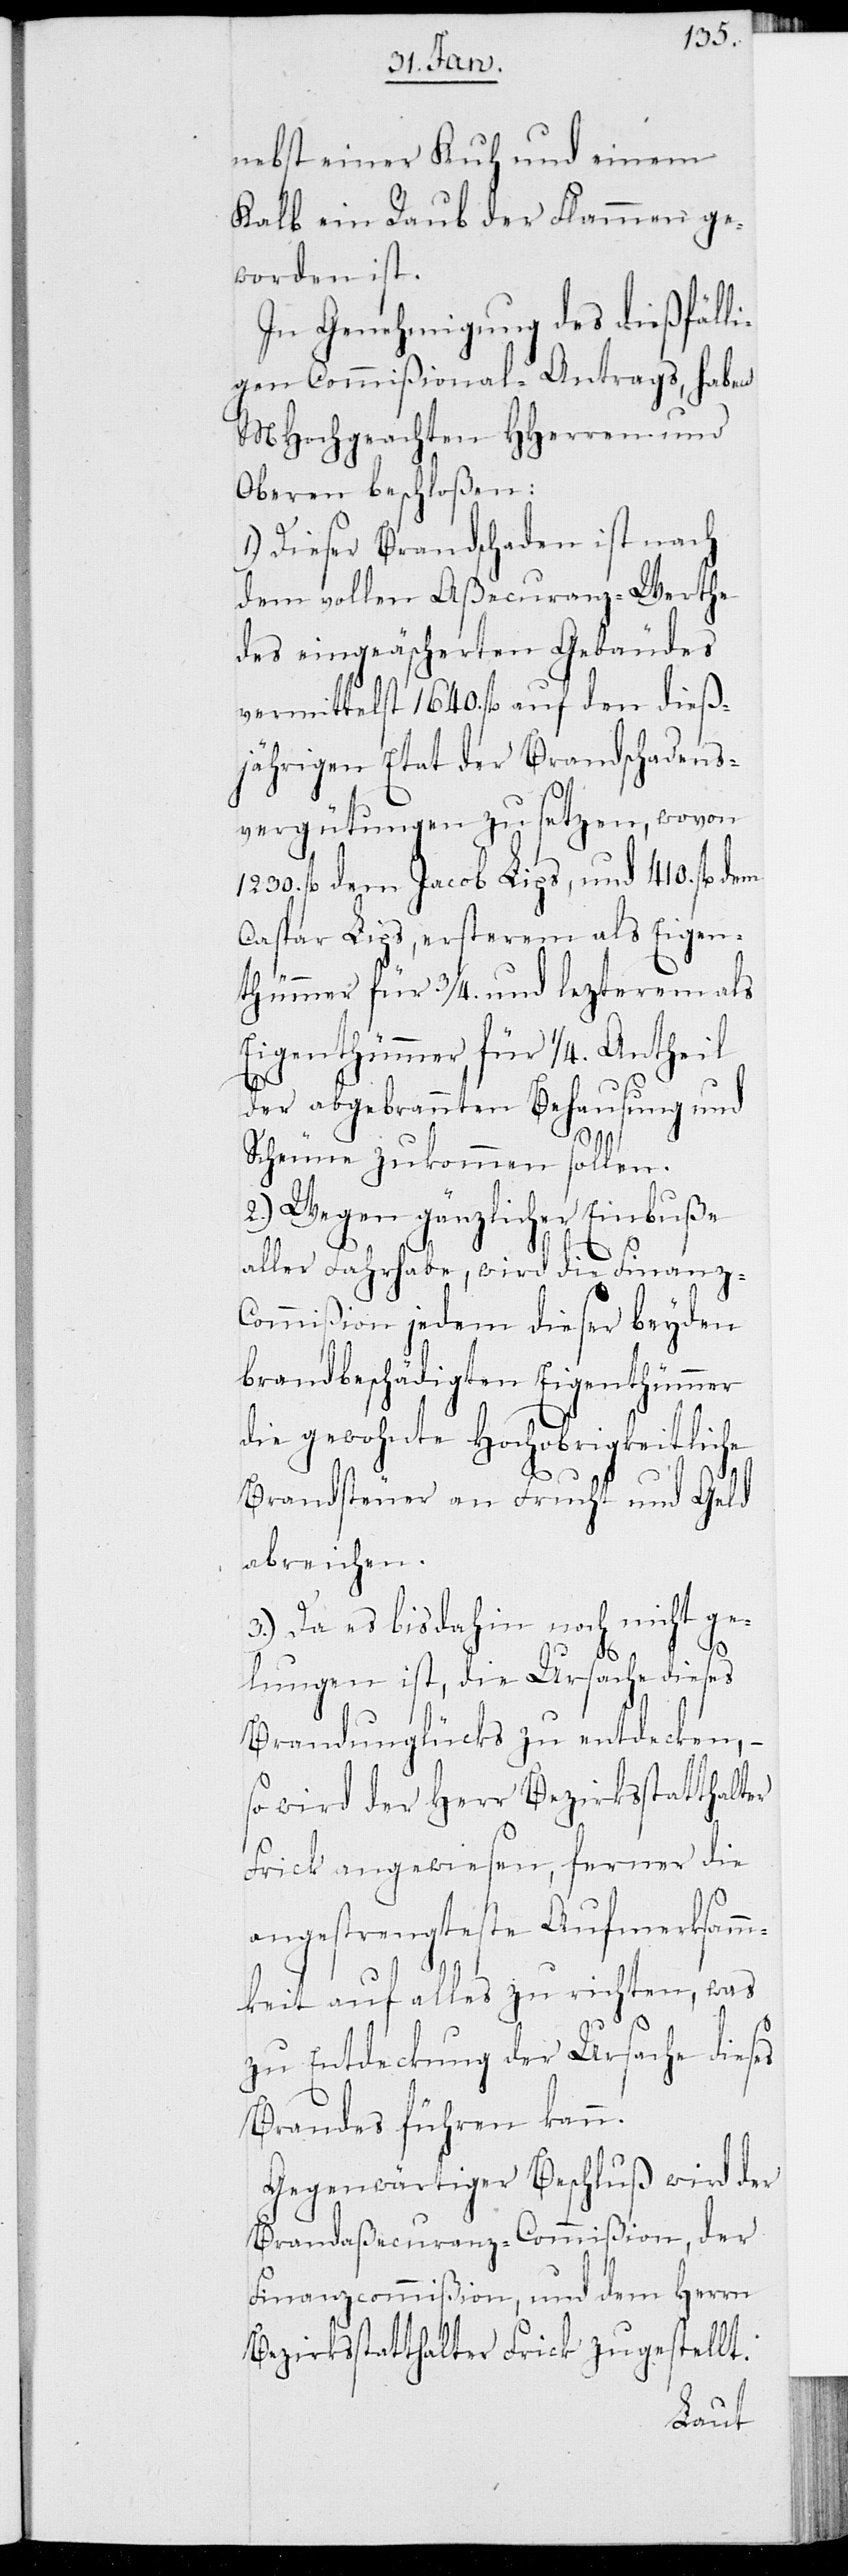
nebst einer Kuh und einem
Kalb ein Raub der Flammen ge¬
worden ist.
In Genehmigung des dießfäll¬
igen Commißional-Antrags, haben
MHochgeachten HHerren und
Oberen beschloßen:
1.) Dieser Brandschaden ist nach
dem vollen Aßecuranz-Werthe
des eingeäscherten Gebäudes
vermittelst 1640. fl. auf den dieß¬
jährigen Etat der Brandschadens¬
vergütungen zu setzen, wovon
fl. dem Jacob Lips, und 410. fl.
Caspar Lips, ersterem als Eigen¬
thümmer für 3/4. und lezterem als
Eigenthümmer für 1/4. Antheil
der abgebrannten Behausung und
Scheune zukommen sollen.
2.) Wegen gänzlicher Einbuße
aller Fahrhabe, wird die Finanz-C¬
ommißion jedem dieser beyden
brandbeschädigten Eigenthümmer
die gewohnte Hochobrigkeitliche
Brandsteuer an Frucht und Geld
abreichen.
3.) Da es bis dahin noch nicht ge¬
lungen ist, die Ursache dieses
Brandunglücks zu entdecken, –
so wird der Herr Bezirksstatthalter
Frick angewiesen, ferner die
angestrengteste Aufmerksamm¬
keit auf alles zu richten, was
zu Entdeckung der Ursache dieses
Brandes führen kann.
Gegenwärtiger Beschluß wird der
Brandaßecuranz-Commißion, der
Finanzcommißion, und dem Herrn
Bezirksstatthalter Frick zugestellt.